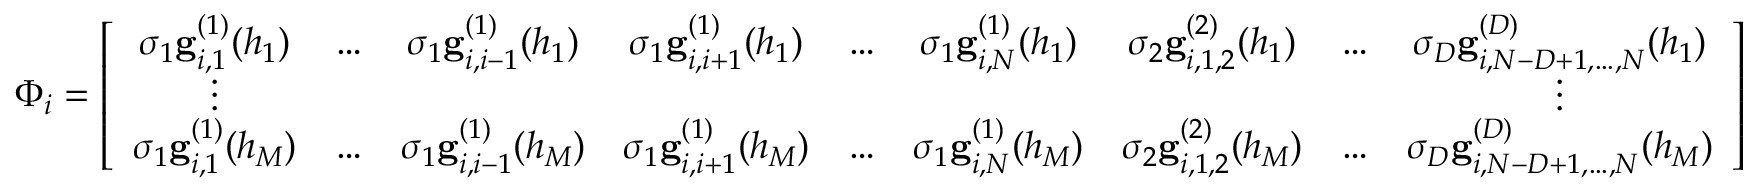
\Phi _ { i } = \left[ \begin{array} { c c c c c c c c c } { \sigma _ { 1 } \mathbf { g } _ { i , 1 } ^ { ( 1 ) } ( h _ { 1 } ) } & { \ldots } & { \sigma _ { 1 } \mathbf { g } _ { i , i - 1 } ^ { ( 1 ) } ( h _ { 1 } ) } & { \sigma _ { 1 } \mathbf { g } _ { i , i + 1 } ^ { ( 1 ) } ( h _ { 1 } ) } & { \ldots } & { \sigma _ { 1 } \mathbf { g } _ { i , N } ^ { ( 1 ) } ( h _ { 1 } ) } & { \sigma _ { 2 } \mathbf { g } _ { i , 1 , 2 } ^ { ( 2 ) } ( h _ { 1 } ) } & { \ldots } & { \sigma _ { D } \mathbf { g } _ { i , N - D + 1 , \ldots , N } ^ { ( D ) } ( h _ { 1 } ) } \\ { \vdots } & & & & & & & & { \vdots } \\ { \sigma _ { 1 } \mathbf { g } _ { i , 1 } ^ { ( 1 ) } ( h _ { M } ) } & { \ldots } & { \sigma _ { 1 } \mathbf { g } _ { i , i - 1 } ^ { ( 1 ) } ( h _ { M } ) } & { \sigma _ { 1 } \mathbf { g } _ { i , i + 1 } ^ { ( 1 ) } ( h _ { M } ) } & { \ldots } & { \sigma _ { 1 } \mathbf { g } _ { i , N } ^ { ( 1 ) } ( h _ { M } ) } & { \sigma _ { 2 } \mathbf { g } _ { i , 1 , 2 } ^ { ( 2 ) } ( h _ { M } ) } & { \ldots } & { \sigma _ { D } \mathbf { g } _ { i , N - D + 1 , \ldots , N } ^ { ( D ) } ( h _ { M } ) } \end{array} \right]